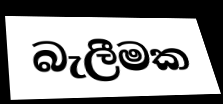
බැලීමක